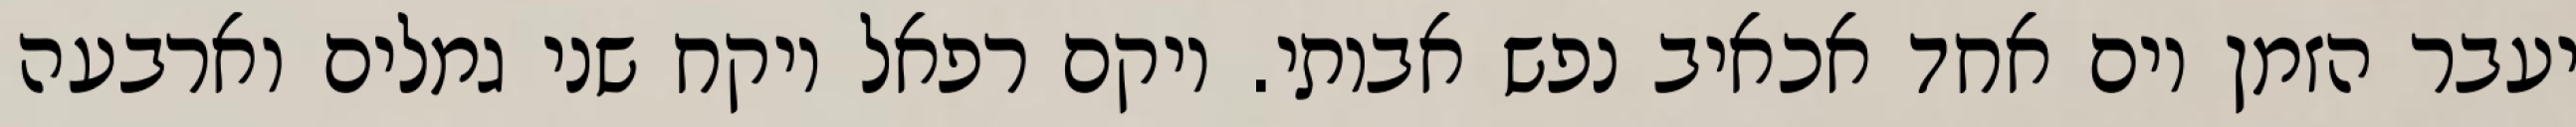
יעבר הזמן יום אחד אכאיב נפש אבותי. ויקם רפאל ויקח שני גמלים וארבעה